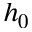
h _ { 0 }